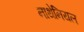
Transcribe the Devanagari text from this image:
नाथेनियल